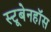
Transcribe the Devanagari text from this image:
स्टूबेनहॉस